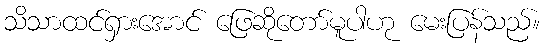
သိသာထင်ရှားအောင် ဖြေဆိုတော်မူပါဟု မေးပြန်သည်။